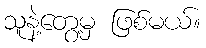
သူနဲ့တွေ့မှ ဖြစ်မယ်။